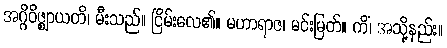
အဂ္ဂိဝိဇ္ဈာယတိ၊ မီးသည်။ ငြိမ်းလေ၏။ မဟာရာဇ၊ မင်းမြတ်။ ကိံ၊ အသို့နည်း။